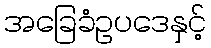
အခြေခံဥပဒေနှင့်